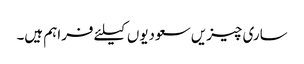
ساری چیزیں سعودیوں کیلئے فراہم ہیں۔